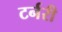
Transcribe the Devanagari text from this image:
टर्नरी